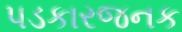
પડકારજનક